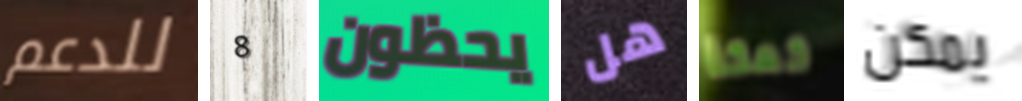
للدعم 8 يحظون هل كعكة يمكن